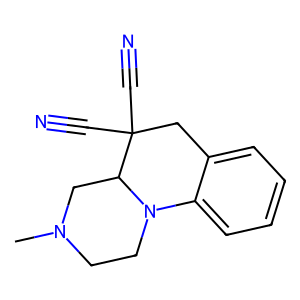
SMILES: CN1CCN2c3ccccc3CC(C#N)(C#N)C2C1
Inhibits HIV replication: No